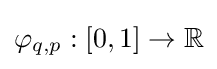
\varphi _{q,p}:[0,1]\to \mathbb {R}